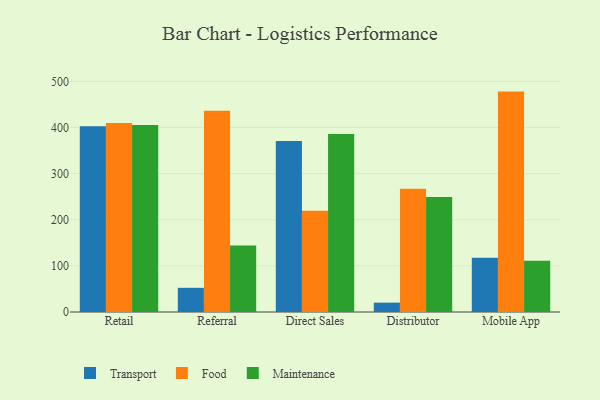
{"axis": {"x": "Channel", "y": "Gross Profit (USD K)"}, "legend": ["Food", "Maintenance", "Transport"], "data": [{"x": "Retail", "y": 402.6, "type": "Transport"}, {"x": "Retail", "y": 409.6, "type": "Food"}, {"x": "Retail", "y": 405.3, "type": "Maintenance"}, {"x": "Referral", "y": 52.4, "type": "Transport"}, {"x": "Referral", "y": 436.1, "type": "Food"}, {"x": "Referral", "y": 143.9, "type": "Maintenance"}, {"x": "Direct Sales", "y": 370.5, "type": "Transport"}, {"x": "Direct Sales", "y": 219.6, "type": "Food"}, {"x": "Direct Sales", "y": 385.8, "type": "Maintenance"}, {"x": "Distributor", "y": 20.3, "type": "Transport"}, {"x": "Distributor", "y": 267.3, "type": "Food"}, {"x": "Distributor", "y": 249.2, "type": "Maintenance"}, {"x": "Mobile App", "y": 117.7, "type": "Transport"}, {"x": "Mobile App", "y": 477.7, "type": "Food"}, {"x": "Mobile App", "y": 111.3, "type": "Maintenance"}]}